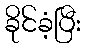
ခိုင်ခံ့ပြီး